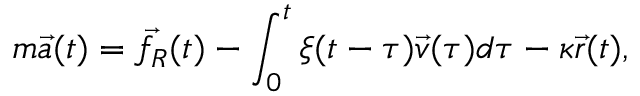
m \vec { a } ( t ) = \vec { f _ { R } } ( t ) - \int _ { 0 } ^ { t } \xi ( t - \tau ) \vec { v } ( \tau ) d \tau - \kappa \vec { r } ( t ) ,